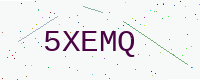
Text: 5XEMQ